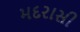
મદરાસી